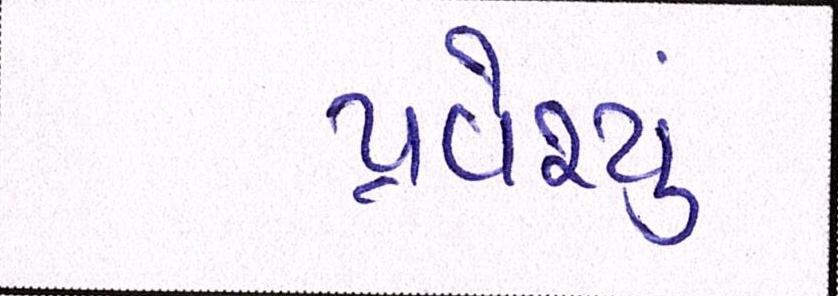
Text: પ્રવેશ્યું